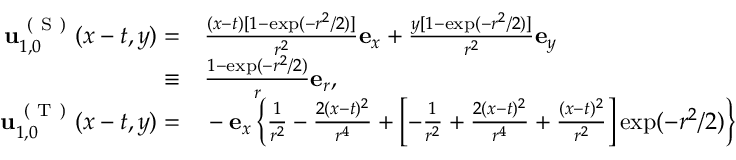
\begin{array} { r l } { \mathbf { u } _ { 1 , 0 } ^ { \mathrm { ~ ( ~ S ~ ) ~ } } ( x - t , y ) = } & { { } \frac { ( x - t ) [ 1 - \exp ( - r ^ { 2 } / 2 ) ] } { r ^ { 2 } } \mathbf { e } _ { x } + \frac { y [ 1 - \exp ( - r ^ { 2 } / 2 ) ] } { r ^ { 2 } } \mathbf { e } _ { y } } \\ { \equiv } & { { } \frac { 1 - \exp ( - r ^ { 2 } / 2 ) } { r } \mathbf { e } _ { r } , } \\ { \mathbf { u } _ { 1 , 0 } ^ { \mathrm { ~ ( ~ T ~ ) ~ } } ( x - t , y ) = } & { { } - \mathbf { e } _ { x } \left\{ \frac { 1 } { r ^ { 2 } } - \frac { 2 ( x - t ) ^ { 2 } } { r ^ { 4 } } + \left[ - \frac { 1 } { r ^ { 2 } } + \frac { 2 ( x - t ) ^ { 2 } } { r ^ { 4 } } + \frac { ( x - t ) ^ { 2 } } { r ^ { 2 } } \right] \exp ( - r ^ { 2 } / 2 ) \right\} } \end{array}